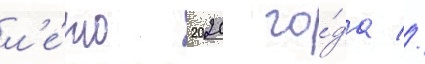
л'е́то 2020 го́да //